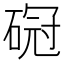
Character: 𥔒